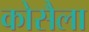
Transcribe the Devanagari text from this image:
कोसैला